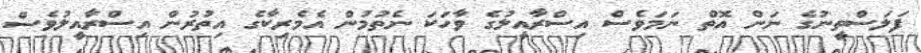
ފަލަސްތީނުގެ ނަން އޮތް ނަމަވެސް އިސްރާއީލުގެ ވާހަކަ ނެތުމުން އެމެރިކާގެ އިތުރުން އިސްރާއީލުވެސް